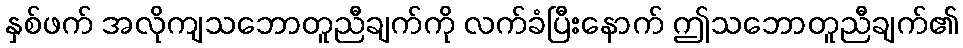
နှစ်ဖက် အလိုကျသဘောတူညီချက်ကို လက်ခံပြီးနောက် ဤသဘောတူညီချက်၏